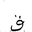
Letter: _qaf